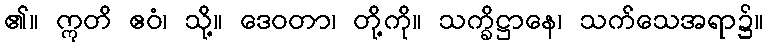
၏။ ဣတိ ဧဝံ၊ သို့။ ဒေဝတာ၊ တို့ကို။ သက္ခိဋ္ဌာနေ၊ သက်သေအရာ၌။